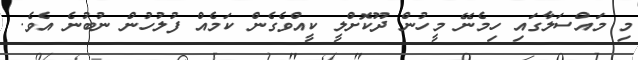
މި މައްސަލާގައި ހިމެނޭ މީހުން ދޫކޮށްލީ ކީއްވެގެން ކަމެއް ފުލުހުން ނުބުނެ އެވެ.